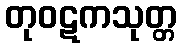
တုဝဋကသုတ္တ